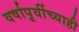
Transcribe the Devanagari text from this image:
वर्षापूर्वीच्याही